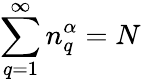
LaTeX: \sum_{q=1}^{\infty}{n}_{q}^{\alpha}=N